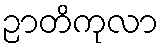
ဉာတိကုလာ